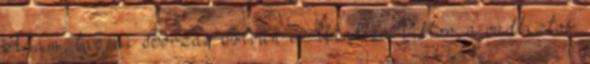
Ádám, tagjai Borzas István és Winkler Viktor, a vádbiztos: